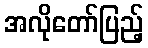
အလိုတော်ပြည့်